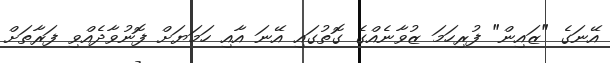
އޭނަގެ "ޒައިން" ފުރިހަމަ ޒުވާނެއްގެ ގޮތުގައި އޭނަ އާއި ހަމަޔަށް ފޮނުވާދެއްވި ފަރާތަށް